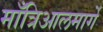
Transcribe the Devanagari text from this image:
माँत्रिआलमार्गे